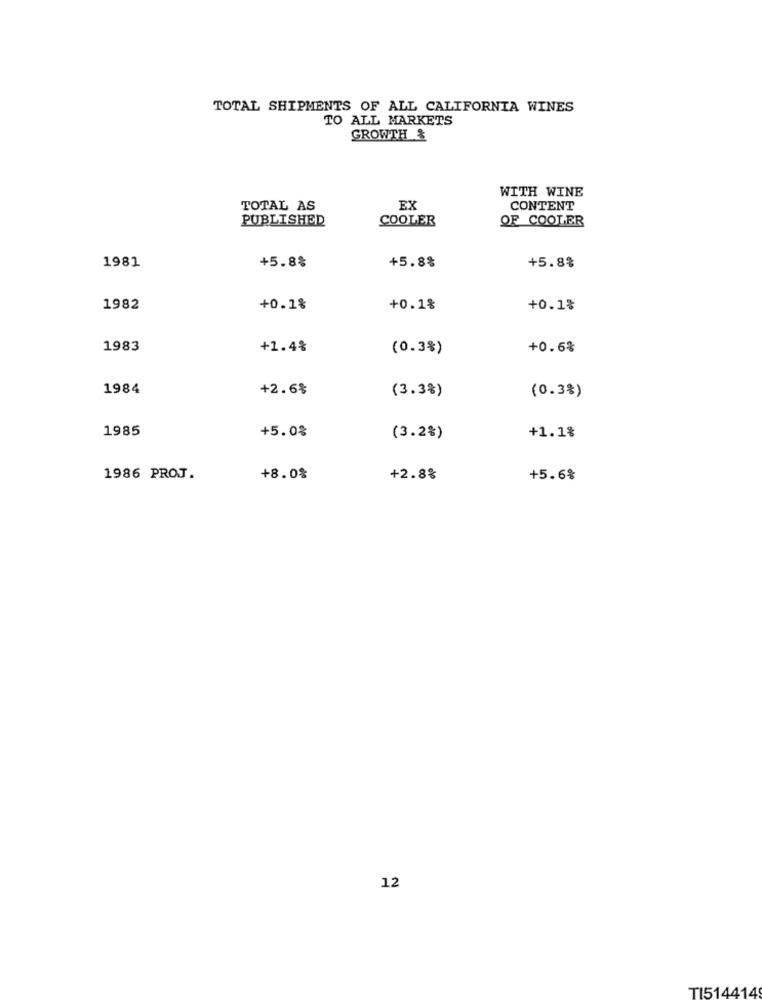
TOTAL SHIPMENTS OF ALL CALIFORNIA WINES
TO ALL MARKETS
GROWTH &
WITH WINE
TOTAL AS
EX
CONTENT
PUBLISHED
COOLER
OF COOLER
1981
+5.8%
+5.8%
+5.8%
1982
+0.1%
+0.1%
+0.1%
1983
+1.4%
(0.3%)
+0.6%
1984
+2.6%
(3.3%)
(0.3%)
1985
+5.0%
(3.2%)
+1.1%
1986 PROJ.
+8.0%
+2.8%
+5.6%
12
TI514414